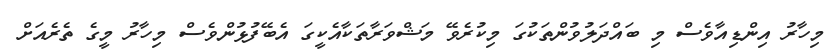
މިހާރު އިންޑިއާވެސް މި ބައްދަލުވުންތަކުގަ މިކުރެވޭ މަޝްވަރާތަކާއެކީގަ އެބޭފުޅުންވެސް މިހާރު މީގެ ތެރެއަށް